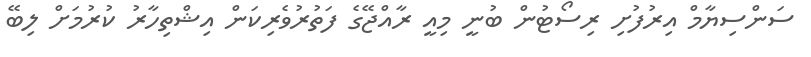
ސަންސިޔާމް އިރުފުށި ރިސޯޓުން ބުނީ މިިއީ ރާއްޖޭގެ ފަތުރުވެރިކަން އިޝްތިހާރު ކުރުމަށް ލިބޭ